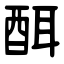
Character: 䣵